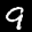
Label: 9